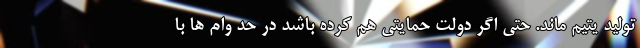
تولید یتیم ماند. حتی اگر دولت حمایتی هم کرده باشد در حد وام ها با